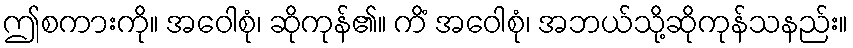
ဤစကားကို။ အဝေါစုံ၊ ဆိုကုန်၏။ ကိံ အဝေါစုံ၊ အဘယ်သို့ဆိုကုန်သနည်း။